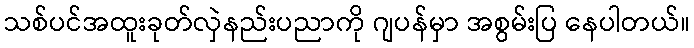
သစ်ပင်အထူးခုတ်လှဲနည်းပညာကို ဂျပန်မှာ အစွမ်းပြ နေပါတယ်။